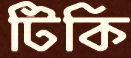
টিকি